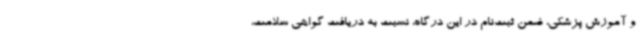
و آموزش پزشکی، ضمن ثبت‌نام در این درگاه، نسبت به دریافت گواهی سلامت،